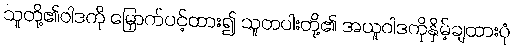
သူတို့၏ဝါဒကို မြှောက်ပင့်ထား၍ သူတပါးတို့၏ အယူဝါဒကိုနှိမ့်ချထားပုံ